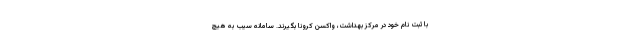
با ثبت نام خود در مرکز بهداشت، واکسن کرونا بگیرند. سامانه سیب به هیچ